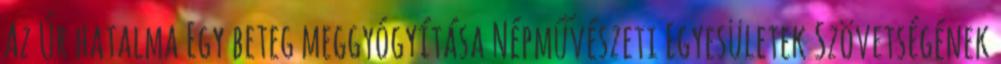
Az Úr hatalma Egy beteg meggyógyítása Népművészeti Egyesületek Szövetségének